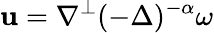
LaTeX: \mathbf{u}=\nabla^{\perp}(-\Delta)^{-\alpha}\omega